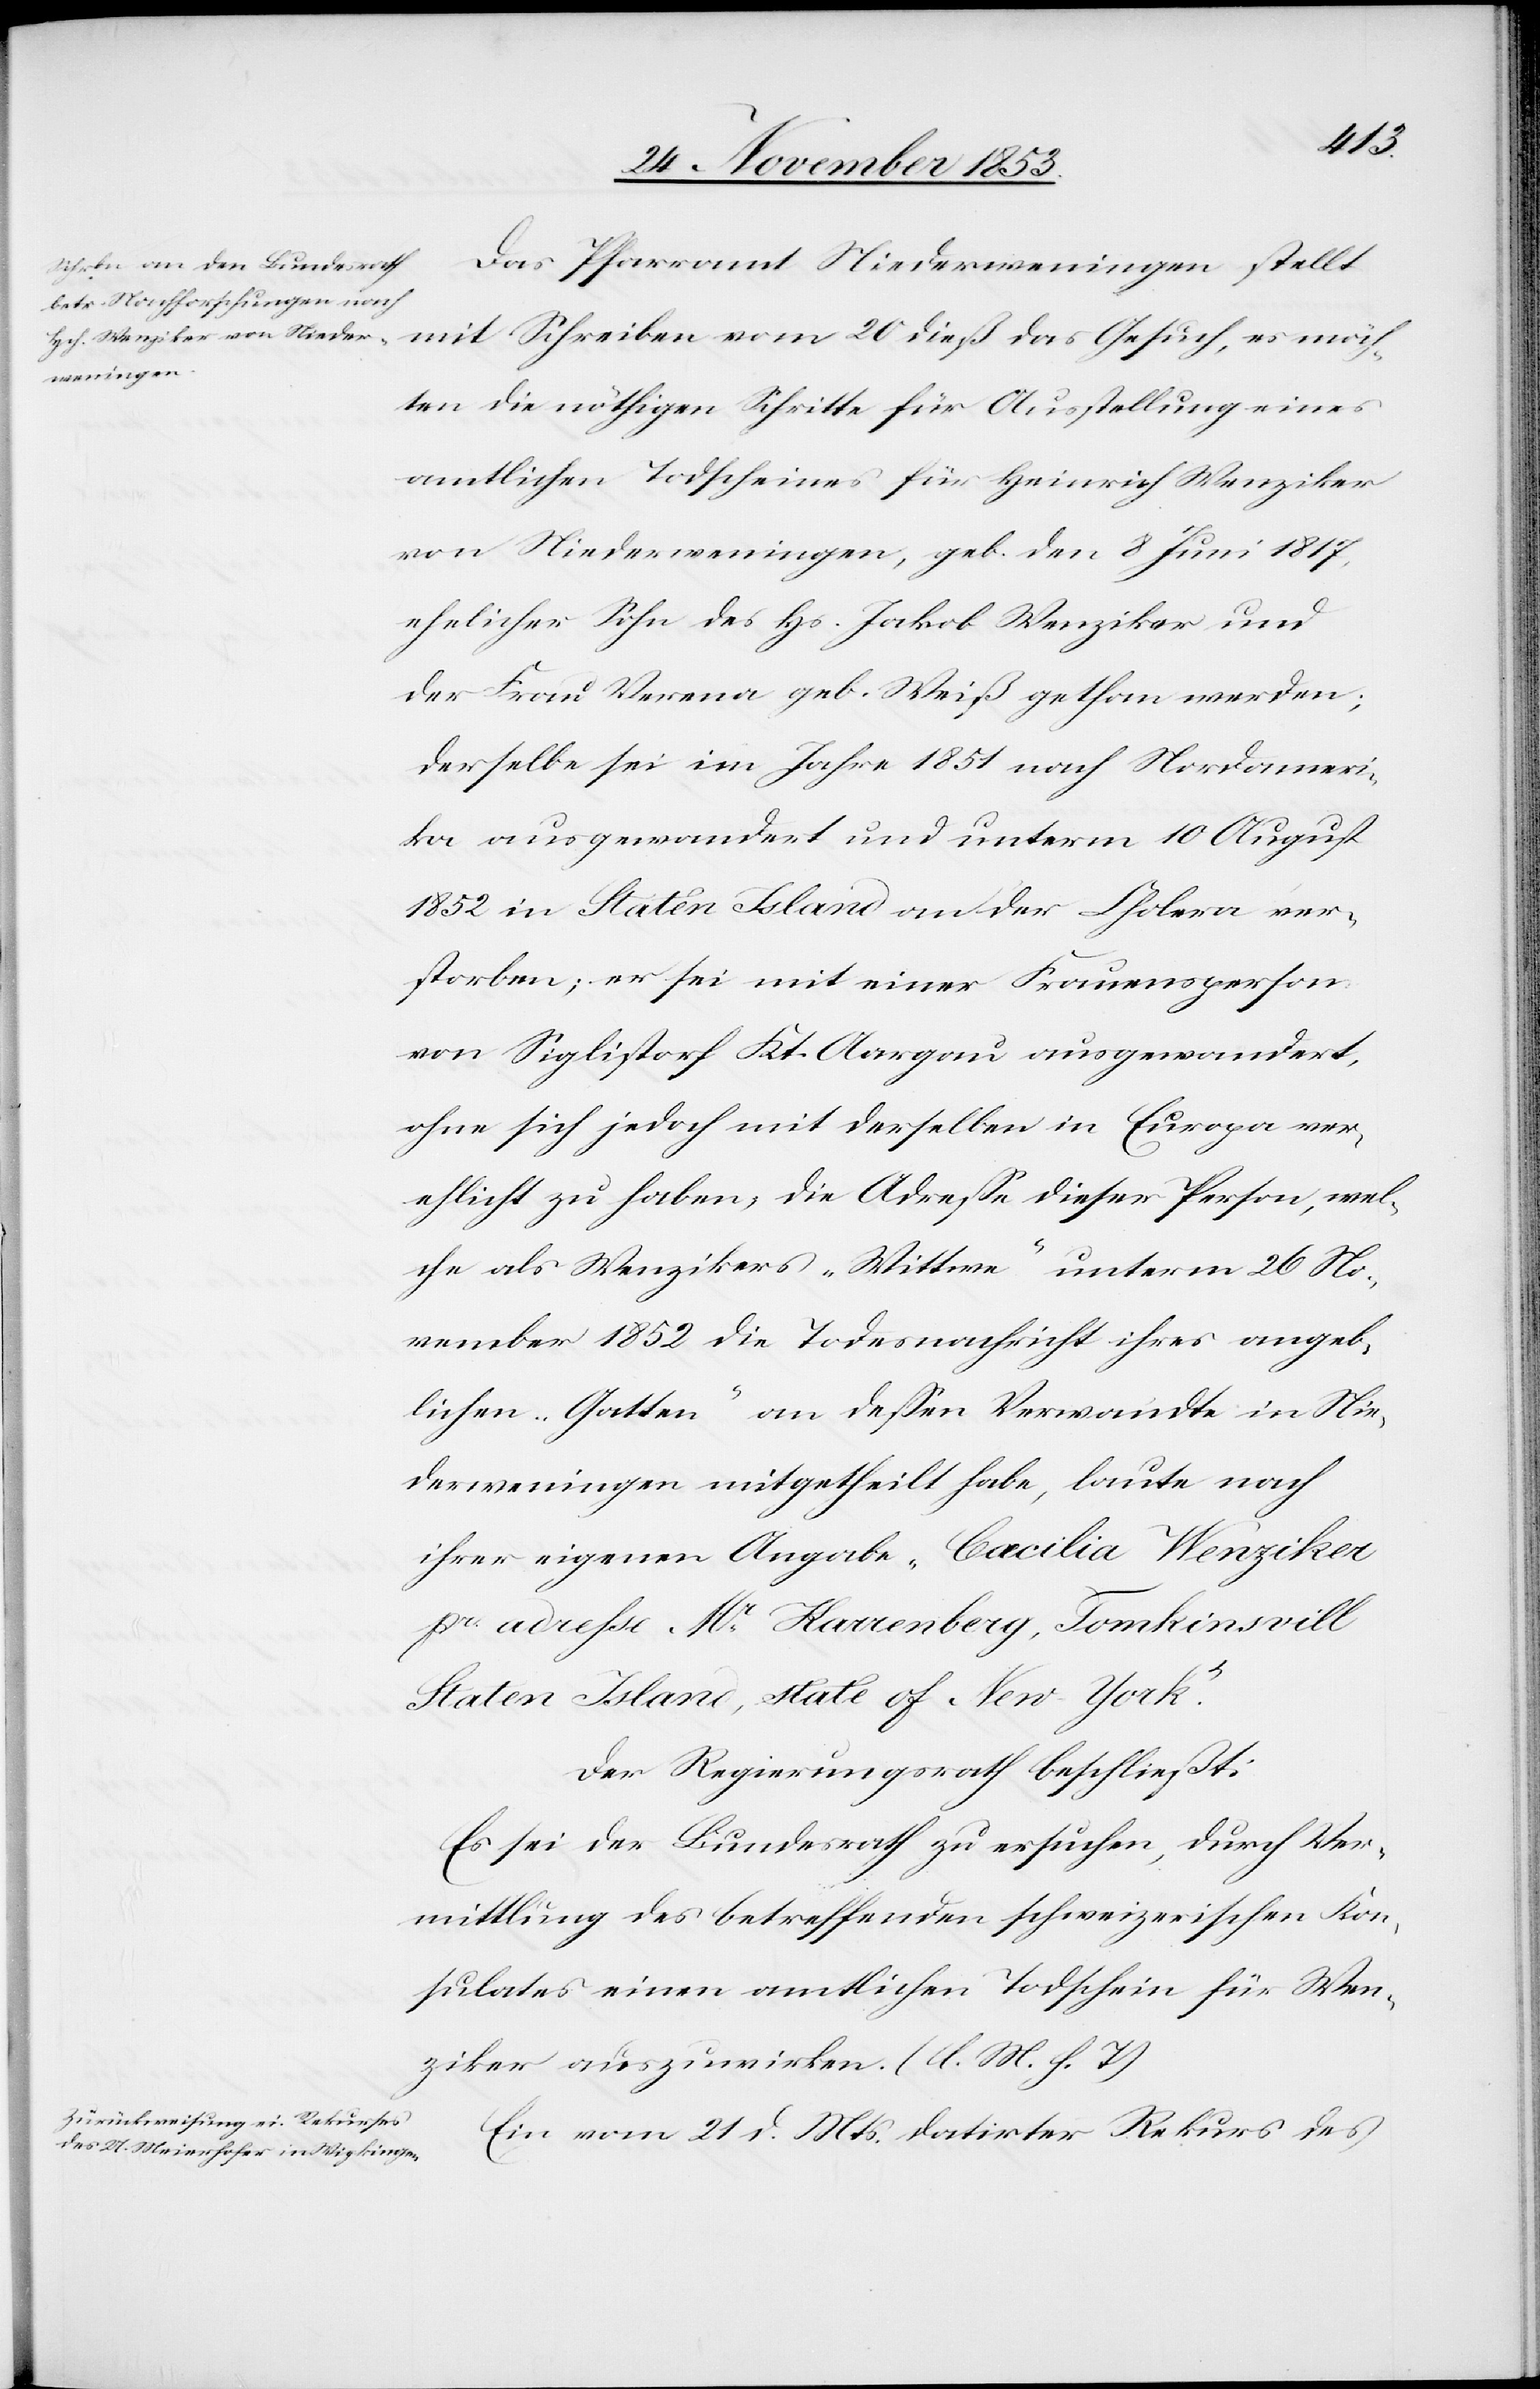
Das Pfarramt Niederweningen stellt
mit Schreiben vom 20 dieß das Gesuch, es möch¬
ten die nöthigen Schritte für Ausstellung eines
amtlichen Todscheines für Heinrich Wenziker
von Niederweningen, geb. den 8 Juni 1817
ehelicher Sohn des Hs. Jakob Wenziker und
der Frau Verena geb. Weiß gethan werden,
derselbe sei im Jahre 1851 nach Nordameri¬
ka ausgewandert und unterm 10 August
1852 in Staten Island an der Cholera ver¬
storben; er sei mit einer Frauensperson
von Siglistorf Kt. Aargau ausgewandert,
ohne sich jedoch mit derselben in Europa ver¬
ehlicht zu haben, die Adreße dieser Person, wel¬
che als Wenzikers „Wittwe“ unterm 26 No¬
vember 1852 die Todesnachricht ihres angeb¬
lichen „Gatten“ an deßen Verwandte in Nie¬
derweningen mitgetheilt habe, laute nach
ihrer eigenen Angabe „Cecilia Wenziker
po. adresse Mr. Harrenberg, Tomkinsvill
Staten Island, state of New-York“.
Der Regierungsrath beschließt:
Es sei der Bundesrath zu ersuchen, durch Ver¬
mittlung des betreffenden schweizerischen Kon¬
sulates einen amtlichen Todschein für Wen¬
ziker auszuwirken. [l. M. h. T]
Ein vom 21 d. Mts. datirter Rekurs des